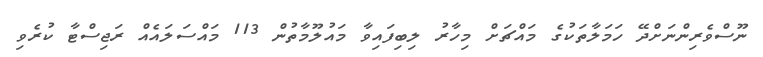
ނޫސްވެރިންނަށްދޭ ހަމަލާތަކުގެ މައްޗަށް މިހާރު ލިބިފައިވާ މައުލޫމާތުން 113 މައްސަލައެއް ރަޖިސްޓާ ކުރެވި